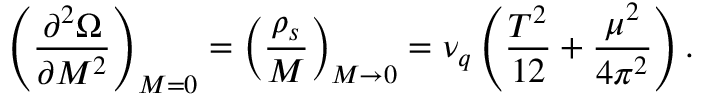
\left( \frac { \partial ^ { 2 } \Omega } { \partial M ^ { 2 } } \right) _ { M = 0 } = \left( \frac { \rho _ { s } } { M } \right) _ { M \rightarrow 0 } = \nu _ { q } \left( \frac { T ^ { 2 } } { 1 2 } + \frac { \mu ^ { 2 } } { 4 \pi ^ { 2 } } \right) .